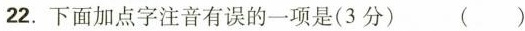
22. 下面加点字注音有误的一项是(3分) ()